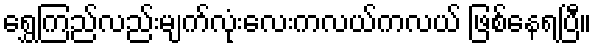
ရွှေကြည်လည်းမျက်လုံးလေးကလယ်ကလယ် ဖြစ်နေရပြီ။